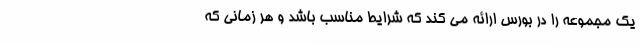
یک مجموعه را در بورس ارائه می کند که شرایط مناسب باشد و هر زمانی که